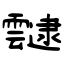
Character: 靆